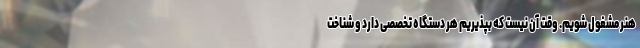
هنر مشغول شویم. وقت آن نیست که بپذیریم هر دستگاه تخصصی دارد و شناخت